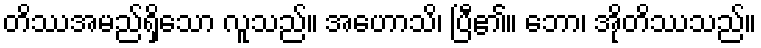
တိဿအမည်ရှိသော လူသည်။ အဟောသိ၊ ပြီ၏။ ဘော၊ အိုတိဿသည်။